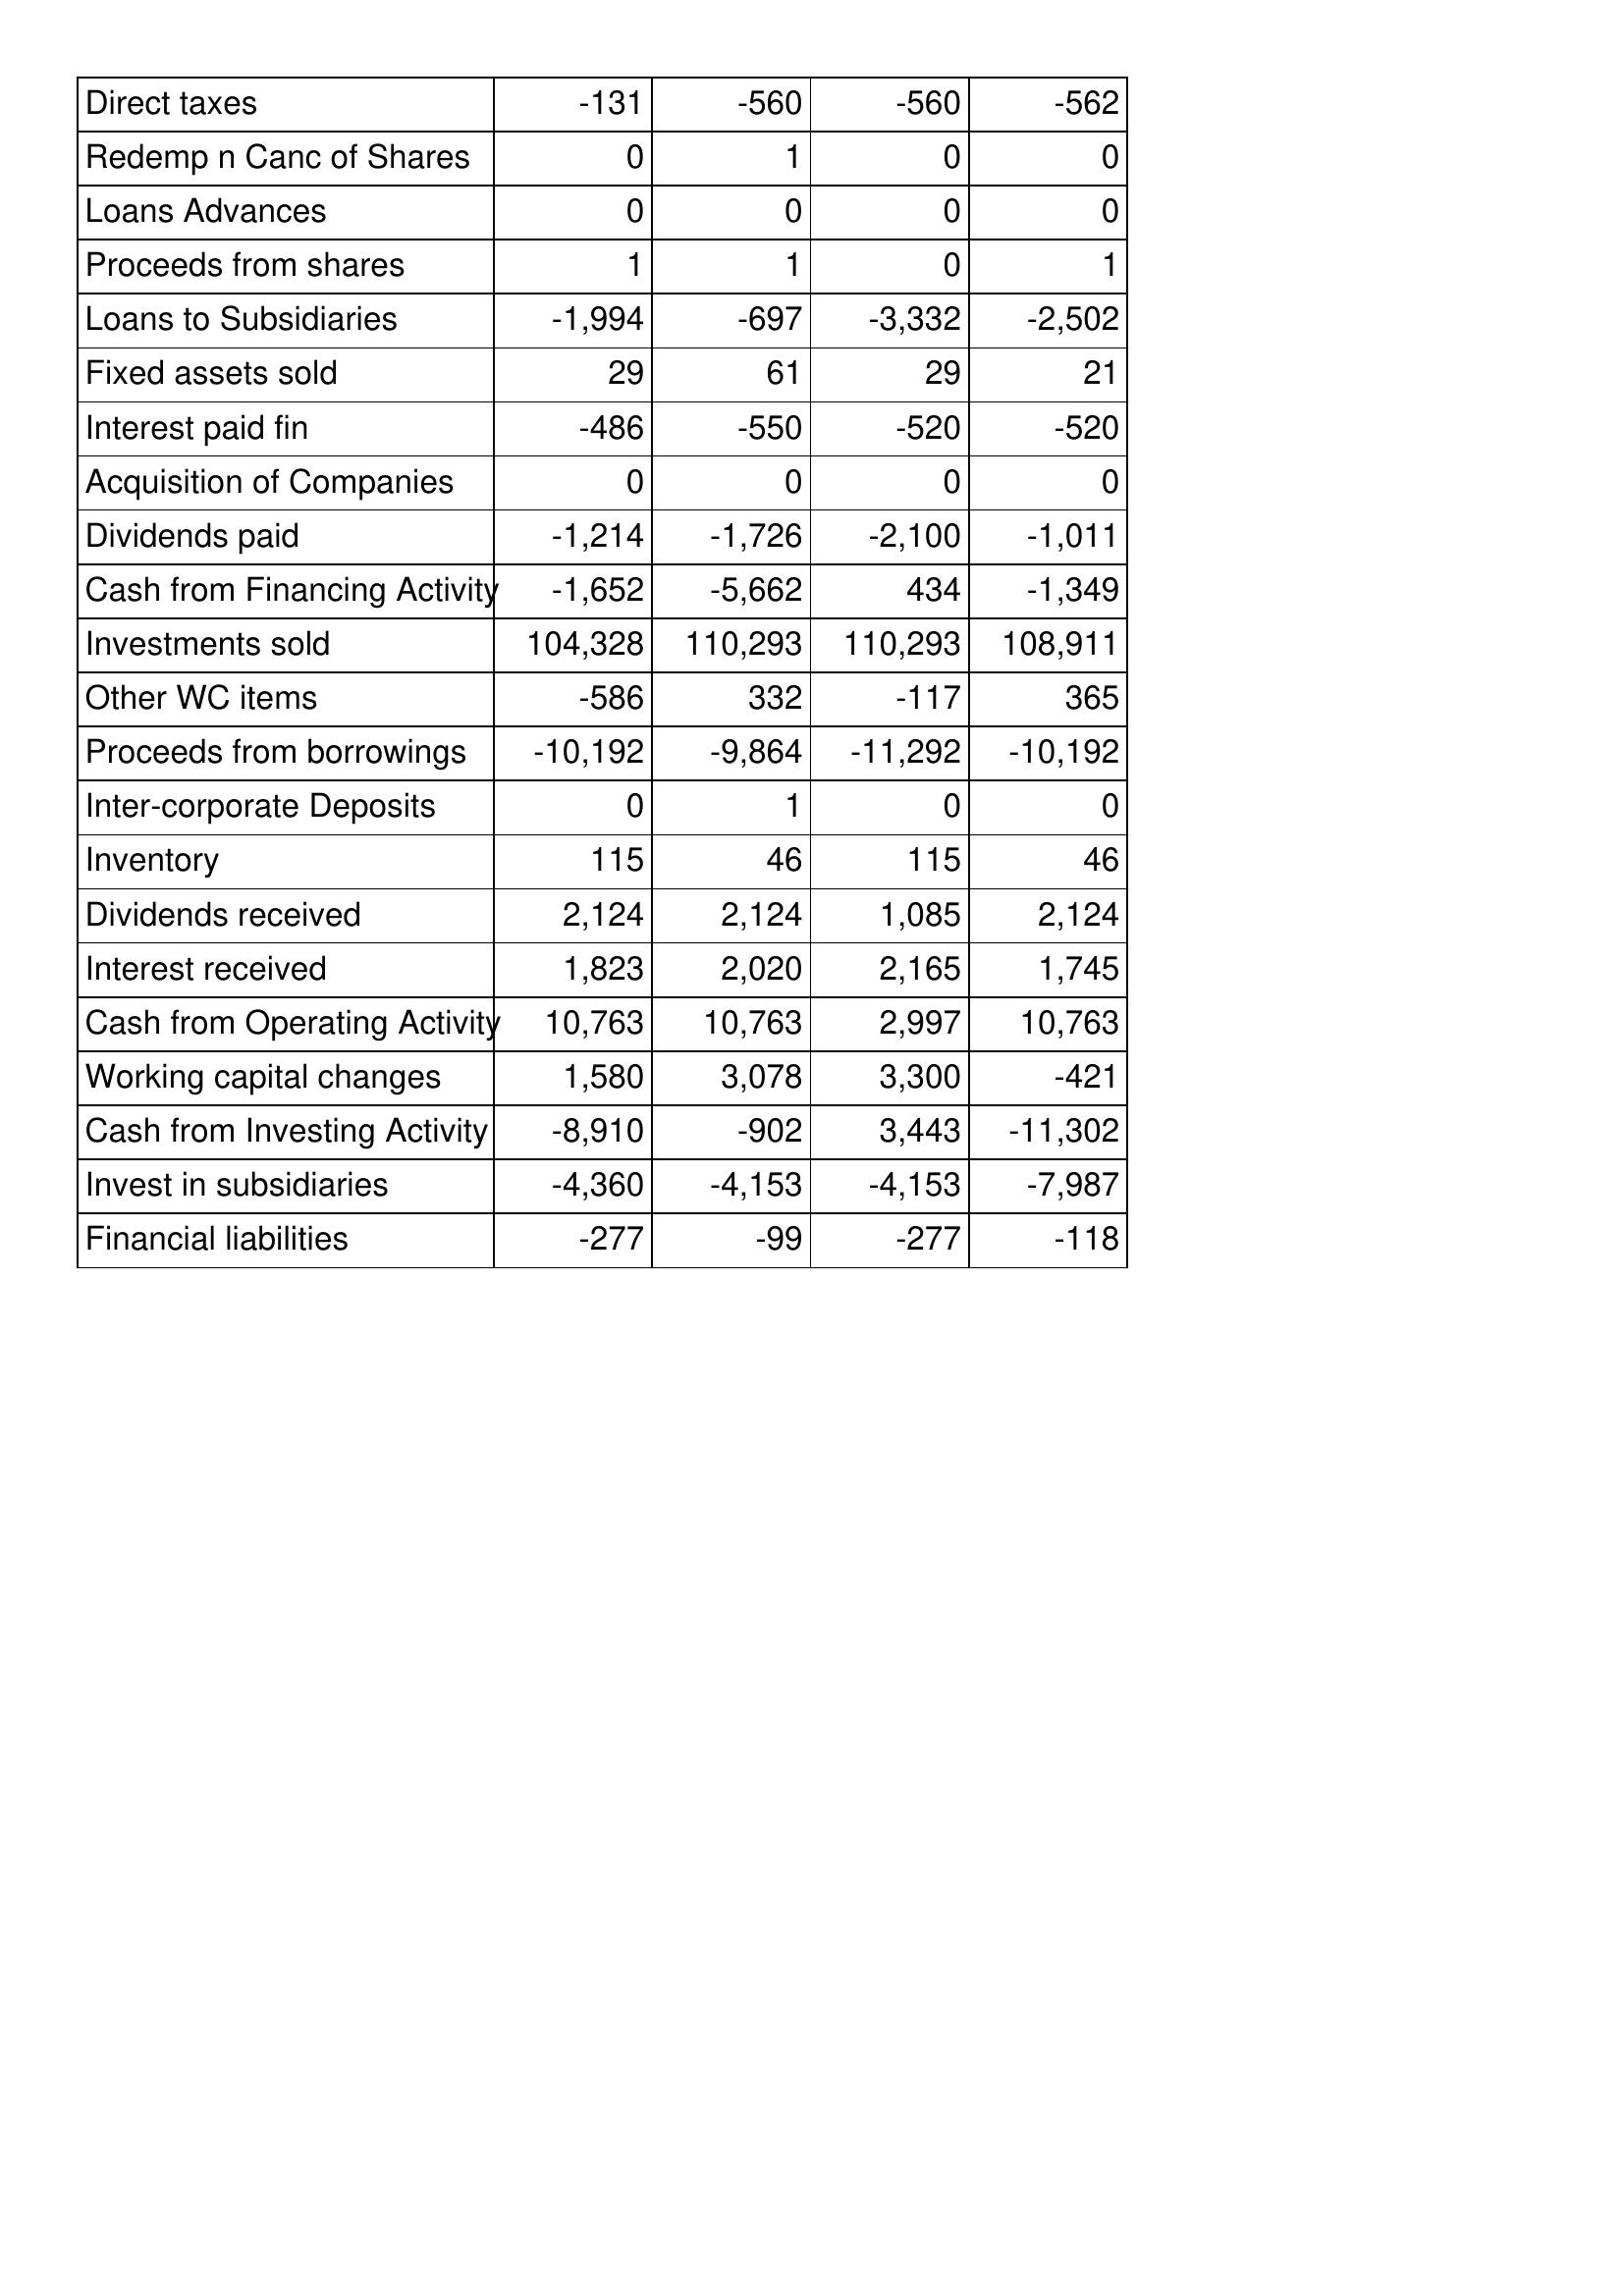
Apr-15: Cash Flows: Direct taxes: -131
Redemp n Canc of Shares: 0
Loans Advances: 0
Proceeds from shares: 1
Loans to Subsidiaries: -1,994
Fixed assets sold: 29
Interest paid fin: -486
Acquisition of Companies: 0
Dividends paid: -1,214
Cash from Financing Activity: -1,652
Investments sold: 104,328
Other WC items: -586
Proceeds from borrowings: -10,192
Inter-corporate Deposits: 0
Inventory: 115
Dividends received: 2,124
Interest received: 1,823
Cash from Operating Activity: 10,763
Working capital changes: 1,580
Cash from Investing Activity: -8,910
Invest in subsidiaries: -4,360
Financial liabilities: -277
Apr-14: Cash Flows: Direct taxes: -560
Redemp n Canc of Shares: 1
Loans Advances: 0
Proceeds from shares: 1
Loans to Subsidiaries: -697
Fixed assets sold: 61
Interest paid fin: -550
Acquisition of Companies: 0
Dividends paid: -1,726
Cash from Financing Activity: -5,662
Investments sold: 110,293
Other WC items: 332
Proceeds from borrowings: -9,864
Inter-corporate Deposits: 1
Inventory: 46
Dividends received: 2,124
Interest received: 2,020
Cash from Operating Activity: 10,763
Working capital changes: 3,078
Cash from Investing Activity: -902
Invest in subsidiaries: -4,153
Financial liabilities: -99
Apr-13: Cash Flows: Direct taxes: -560
Redemp n Canc of Shares: 0
Loans Advances: 0
Proceeds from shares: 0
Loans to Subsidiaries: -3,332
Fixed assets sold: 29
Interest paid fin: -520
Acquisition of Companies: 0
Dividends paid: -2,100
Cash from Financing Activity: 434
Investments sold: 110,293
Other WC items: -117
Proceeds from borrowings: -11,292
Inter-corporate Deposits: 0
Inventory: 115
Dividends received: 1,085
Interest received: 2,165
Cash from Operating Activity: 2,997
Working capital changes: 3,300
Cash from Investing Activity: 3,443
Invest in subsidiaries: -4,153
Financial liabilities: -277
Apr-12: Cash Flows: Direct taxes: -562
Redemp n Canc of Shares: 0
Loans Advances: 0
Proceeds from shares: 1
Loans to Subsidiaries: -2,502
Fixed assets sold: 21
Interest paid fin: -520
Acquisition of Companies: 0
Dividends paid: -1,011
Cash from Financing Activity: -1,349
Investments sold: 108,911
Other WC items: 365
Proceeds from borrowings: -10,192
Inter-corporate Deposits: 0
Inventory: 46
Dividends received: 2,124
Interest received: 1,745
Cash from Operating Activity: 10,763
Working capital changes: -421
Cash from Investing Activity: -11,302
Invest in subsidiaries: -7,987
Financial liabilities: -118